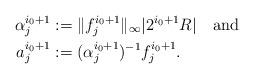
LaTeX: \begin{align*}\alpha_j^{i_0+1}&:=\|f_j^{i_0+1}\|_\infty |2^{i_0+1}R| \quad{\rm and}\\a_j^{i_0+1}&:= (\alpha_j^{i_0+1})^{-1} f_j^{i_0+1}.\end{align*}